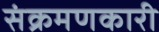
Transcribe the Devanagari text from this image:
संक्रमणकारी